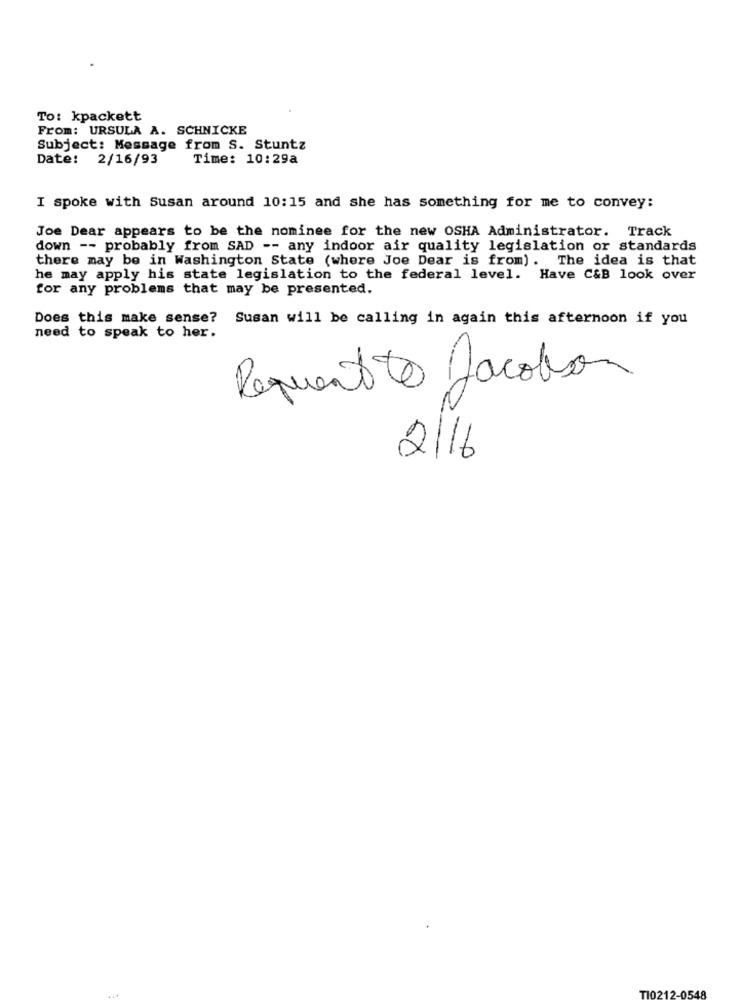
To: kpackett
From: URSULA A. SCHNICKE
Subject: Message from S. Stuntz
Date: 2/16/93
Time: 10:29a
I spoke with Susan around 10:15 and she has something for me to convey:
Joe Dear appears to be the nominee for the new OSHA Administrator. Track
down -- probably from SAD -- any indoor air quality legislation or standards
there may be in Washington State (where Joe Dear is from) . The idea is that
he may apply his state legislation to the federal level. Have C&B look over
for any problems that may be presented.
Does this make sense? Susan will be calling in again this afternoon if you
need to speak to her.
Request to Jacobson
2/16
T10212-0548